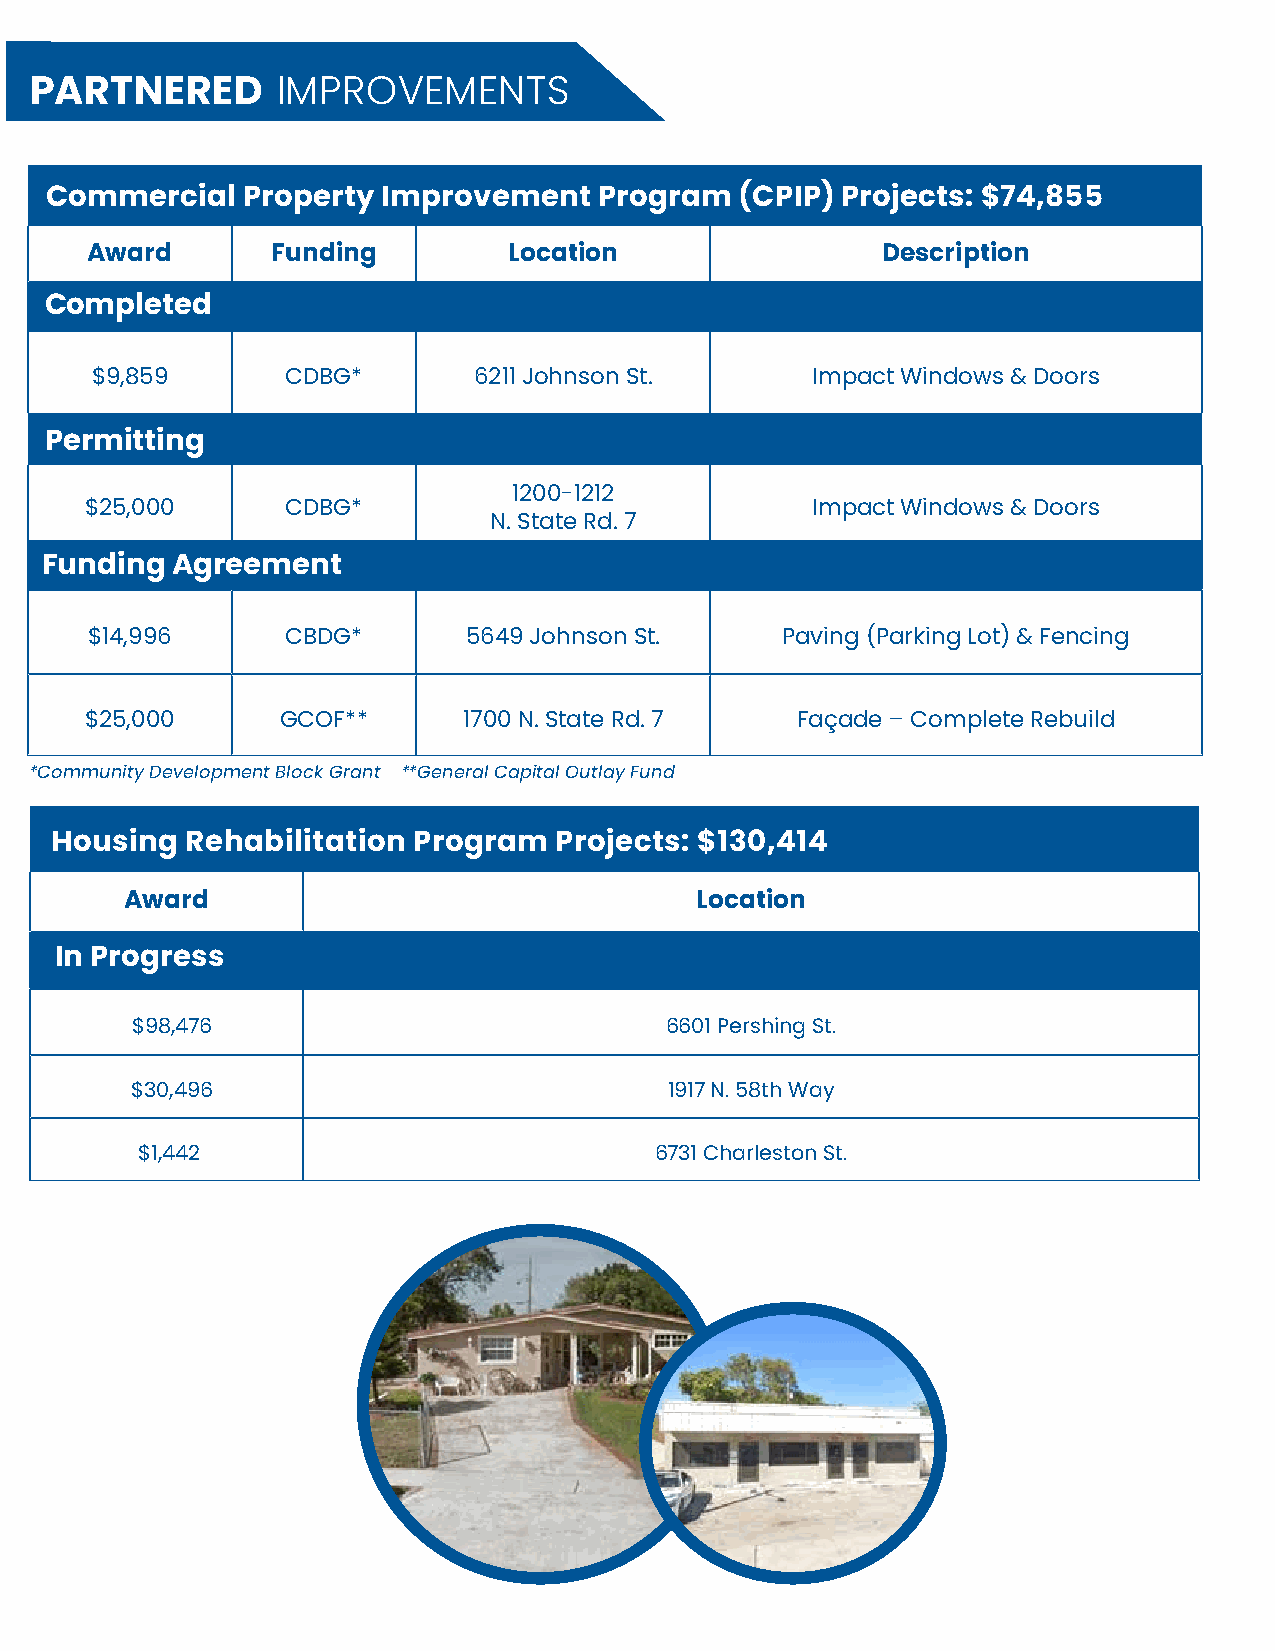
PUBLIC     IMPROVEMENTS                                                          PARTNERED        IMPROVEMENTS
 Commercial   Property  Improvement   Program  (CPIP) Projects: $74,855
 Award       Funding         Location                 Description
 Completed
 $9,859       CDBG*        6211 Johnson St.      Impact Windows & Doors
 Permitting
 STREETS   & SIDEWALKS
 1200-1212
 $25,000      CDBG*                              Impact Windows & Doors
 Total Budgeted: $2.7 million
 N. State Rd. 7
 In Progress
 Funding  Agreement
 • School Crossing: N. 64 Ave. S. of Polk St.                            $10,000
 Upcoming
 $14,996      CBDG*       5649 Johnson St.     Paving (Parking Lot) & Fencing
 • Traffic Calming & Control (Various Locations) - GO Bond             $397,000
 • N. Park Rd. from Oak Dr. to Sheridan St. Resurfacing                $543,459
 • Raleigh St. from N. 38th Ave. to N. Park Rd. Resurfacing             $380,102     $25,000      GCOF**      1700 N. State Rd. 7   Façade – Complete Rebuild
 • Sarazen Dr. from N. 35th St. to N. 46th Ave. Resurfacing              $371,113
 *Community Development Block Grant **General Capital Outlay Fund
 • N. 58 Ave. to Sheridan St. from Johnson St. Resurfacing             $1,013,806
 OTHER   INFRASTRUCTURE
 Housing  Rehabilitation Program  Projects: $130,414
 Total Budgeted: $74.5 million
 In Progress
 Award                                Location
 • Hollywood Police Department Headquarters - GO Bond (Each District) $72,551,950
 • Neighborhood Sound Walls - GO Bond                                  $1,011,448  In Progress
 • Gateway & Neighborhood Monument Signs - GO Bond                     $897,450
 Completed                                                                               $98,476                            6601 Pershing St.
 • Design District Signs                                                $23,000
 $30,496                             1917 N. 58th Way
 UTILITIES
 Total Budgeted: $133.5 million
 $1,442                            6731 Charleston St.
 In Progress
 • Deep Injection Wells No. 3 & No. 4 (Each District)                $39,939,939
 • Drainage Improvements: Swale Regrading (Various Locations)           $20,000
 Upcoming
 • Deep Injection Wells No. 3 & No. 4 - Pump Stations (Each District) $93,000,000
 • N. 65th Ave. Drainage Improvement Phase 1                           $600,000
 (McClellan St. to Meade St.)
 In Progress: Work started on the project and consists of either consultant selection, design and development,
 permitting, under construction, etc.
 Upcoming: Project is anticipated to move to “in progress” in approximately six months
 Completed: Project was completed in the last six months. Excluding GOB Projects which
 are all projects completed since Bond passage.